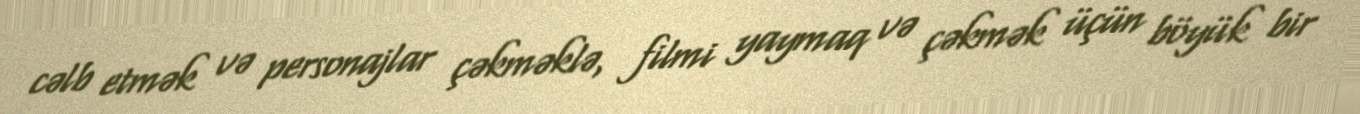
cəlb etmək və personajlar çəkməklə, filmi yaymaq və çəkmək üçün böyük bir